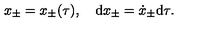
x _ { \pm } = x _ { \pm } ( \tau ) , \quad \mathrm { d } x _ { \pm } = \dot { x } _ { \pm } \mathrm { d } \tau .